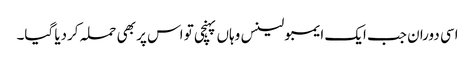
اسی دوران جب ایک ایمبولینس وہاں پہنچی تو اس پر بھی حملہ کردیا گیا۔